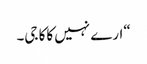
“ارے نہیں کاکا جی۔